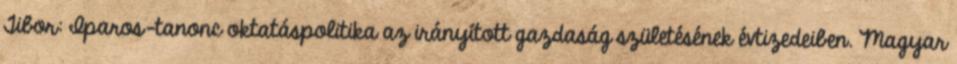
Tibor: Iparos-tanonc oktatáspolitika az irányított gazdaság születésének évtizedeiben. Magyar